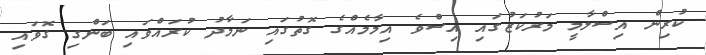
ކުރިން އިސްލާމީ މަރުކަޒުގައި އިސްވެ އިމާމެއްގެ ގޮތުގައި ނަމާދު ކުރައްވައި ބަންގި ގޮވައި